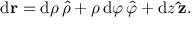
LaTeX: \mathrm { d } \mathbf { r } = \mathrm { d } \rho \, { \boldsymbol { \hat { \rho } } } + \rho \, \mathrm { d } \varphi \, { \boldsymbol { \hat { \varphi } } } + \mathrm { d } z \, \mathbf { \hat { z } } .